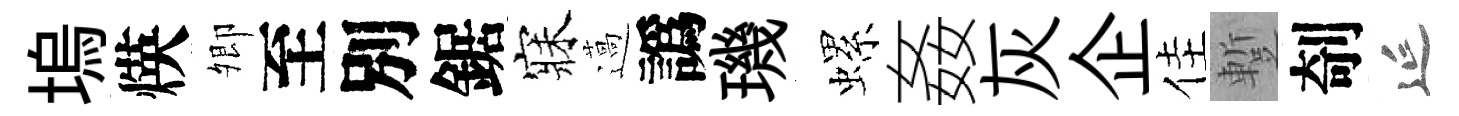
塢煐𡖖至別鋸寐薖譌璣螺姦灰企佳蹔剞延